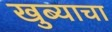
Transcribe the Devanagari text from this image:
खुब्याचा